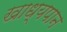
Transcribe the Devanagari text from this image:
खाध्यपान